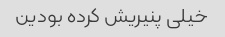
خیلی پنیریش کرده بودین